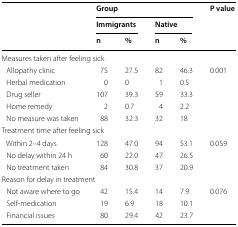
| <ROWSPAN=3>  | <COLSPAN=4> Group | <ROWSPAN=3> P value |
 | <COLSPAN=2> Immigrants | <COLSPAN=2> Native |
 | n | % | n | % |
 | --- | --- | --- | --- | --- | --- |
 | <COLSPAN=6> Measures taken after feeling sick |
 | Allopathy clinic | 75 | 27.5 | 82 | 46.3 | <ROWSPAN=5> 0.001 |
 | Herbal medication | 0 | 0 | 1 | 0.5 |
 | Drug seller | 107 | 39.3 | 59 | 33.3 |
 | Home remedy | 2 | 0.7 | 4 | 2.2 |
 | No measure was taken | 88 | 32.3 | 32 | 18 |
 | <COLSPAN=6> Treatment time after feeling sick |
 | Within 2–4 days | 128 | 47.0 | 94 | 53.1 | <ROWSPAN=3> 0.059 |
 | No delay within 24 h | 60 | 22.0 | 47 | 26.5 |
 | No treatment taken | 84 | 30.8 | 37 | 20.9 |
 | <COLSPAN=6> Reason for delay in treatment |
 | Not aware where to go | 42 | 15.4 | 14 | 7.9 | <ROWSPAN=3> 0.076 |
 | Self-medication | 19 | 6.9 | 18 | 10.1 |
 | Financial issues | 80 | 29.4 | 42 | 23.7 |